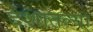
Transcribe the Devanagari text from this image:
देशातल्‍या